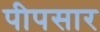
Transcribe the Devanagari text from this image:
पीपसार